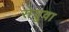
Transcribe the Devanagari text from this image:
सेयुवा